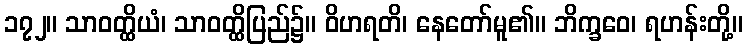
၁၇၂။ သာဝတ္ထိယံ၊ သာဝတ္ထိပြည်၌။ ဝိဟရတိ၊ နေတော်မူ၏။ ဘိက္ခဝေ၊ ရဟန်းတို့။